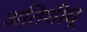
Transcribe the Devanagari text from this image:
अतिशीघ्